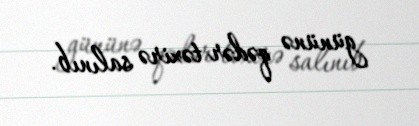
gününə qədər təxirə salınıb.